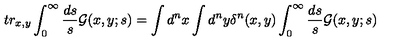
t r _ { x , y } \int _ { 0 } ^ { \infty } \frac { d s } { s } { \cal G } ( x , y ; s ) = \int d ^ { n } x \int d ^ { n } y \delta ^ { n } ( x , y ) \int _ { 0 } ^ { \infty } \frac { d s } { s } { \cal G } ( x , y ; s )